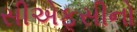
સીએફસીનો